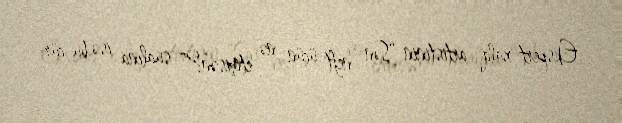
Ekspert xalq artistinin “Sən neft üçün nə etmisən?” sualına isə bu cür